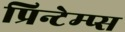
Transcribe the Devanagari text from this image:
प्रिन्टेम्प्स